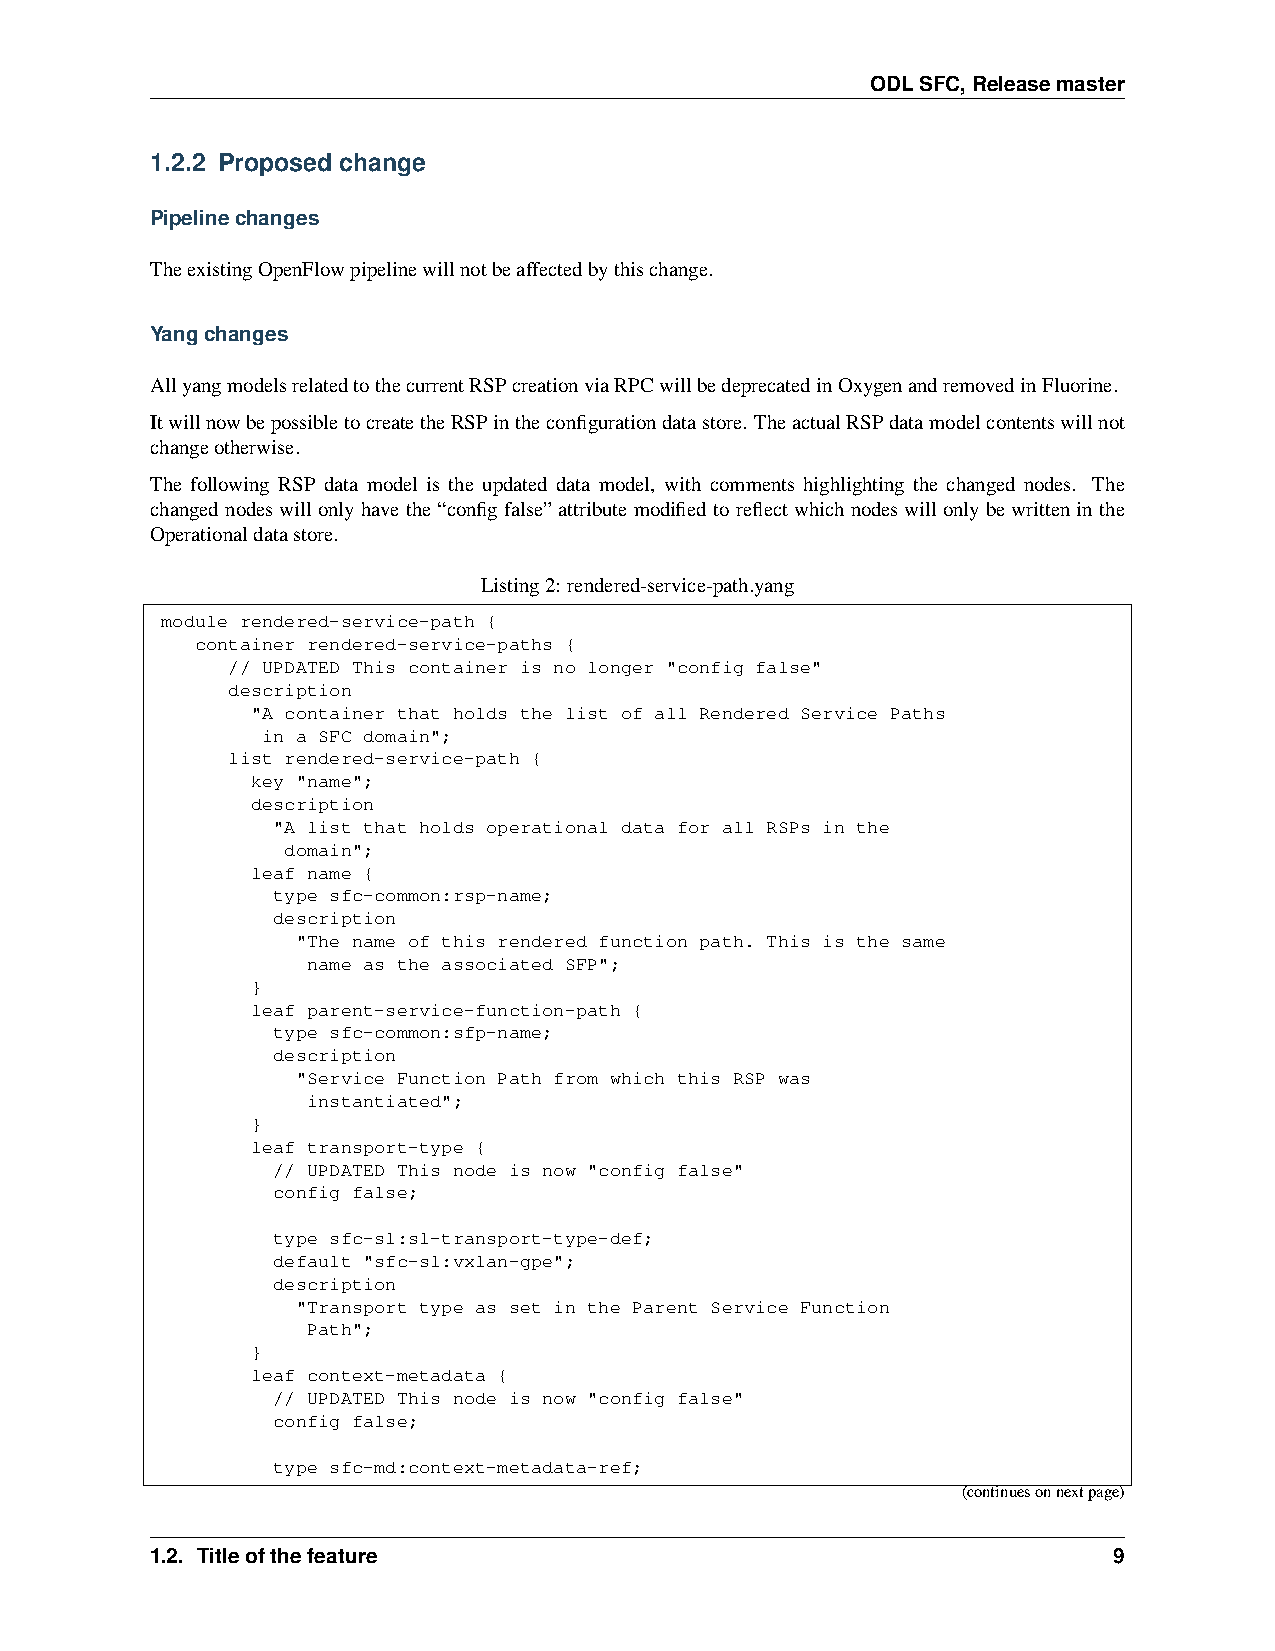
ODLSFC,Releasemaster
 1.2.2 Proposed change
 Pipelinechanges
 TheexistingOpenFlowpipelinewillnotbeaffectedbythischange.
 Yangchanges
 AllyangmodelsrelatedtothecurrentRSPcreationviaRPCwillbedeprecatedinOxygenandremovedinFluorine.
 ItwillnowbepossibletocreatetheRSPintheconfigurationdatastore. TheactualRSPdatamodelcontentswillnot
 changeotherwise.
 The following RSP data model is the updated data model, with comments highlighting the changed nodes. The
 changednodeswillonlyhavethe“configfalse”attributemodifiedtoreflectwhichnodeswillonlybewritteninthe
 Operationaldatastore.
 Listing2: rendered-service-path.yang
 module rendered-service-path {
 container rendered-service-paths {
 // UPDATED This container is no longer "config false"
 description
 "A container that holds the list of all Rendered Service Paths
 in a SFC domain";
 list rendered-service-path {
 key "name";
 description
 "A list that holds operational data for all RSPs in the
 domain";
 leaf name {
 type sfc-common:rsp-name;
 description
 "The name of this rendered function path. This is the same
 name as the associated SFP";
 }
 leaf parent-service-function-path {
 type sfc-common:sfp-name;
 description
 "Service Function Path from which this RSP was
 instantiated";
 }
 leaf transport-type {
 // UPDATED This node is now "config false"
 config false;
 type sfc-sl:sl-transport-type-def;
 default "sfc-sl:vxlan-gpe";
 description
 "Transport type as set in the Parent Service Function
 Path";
 }
 leaf context-metadata {
 // UPDATED This node is now "config false"
 config false;
 type sfc-md:context-metadata-ref;
 (continuesonnextpage)
 1.2. Titleofthefeature                                          9